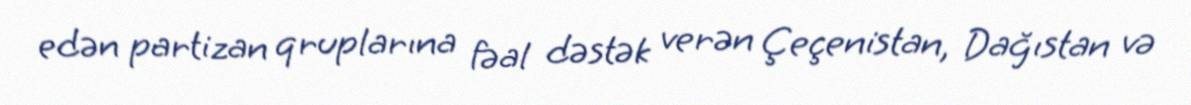
edən partizan qruplarına fəal dəstək verən Çeçenistan, Dağıstan və